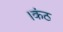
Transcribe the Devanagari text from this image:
।कंठ